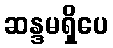
ဆန္ဒမရှိပေ